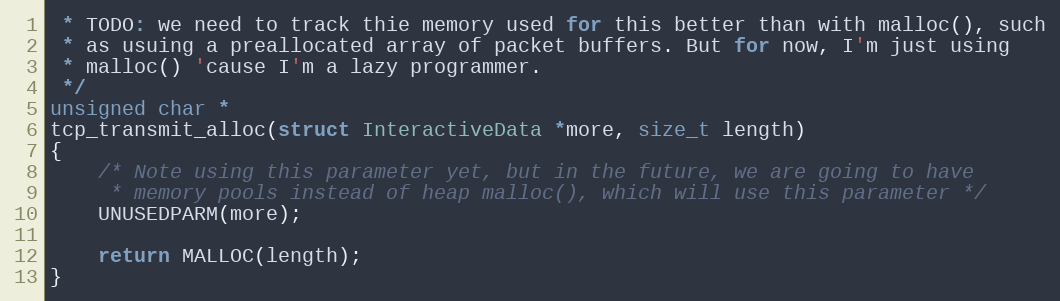
Language: C
 * TODO: we need to track thie memory used for this better than with malloc(), such
 * as usuing a preallocated array of packet buffers. But for now, I'm just using
 * malloc() 'cause I'm a lazy programmer.
 */
unsigned char *
tcp_transmit_alloc(struct InteractiveData *more, size_t length)
{
    /* Note using this parameter yet, but in the future, we are going to have
     * memory pools instead of heap malloc(), which will use this parameter */
    UNUSEDPARM(more);

    return MALLOC(length);
}